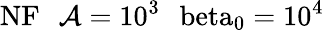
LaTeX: \mathrm{{NF}\: \: \: \mathcal{A}=10^{3}\: \: \ beta_{0}=10^{4}}